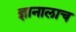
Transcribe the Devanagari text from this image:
ज्ञानालाच